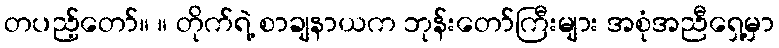
တပည့်တော်။ ။ တိုက်ရဲ့ စာချနာယက ဘုန်းတော်ကြီးများ အစုံအညီရှေ့မှာ